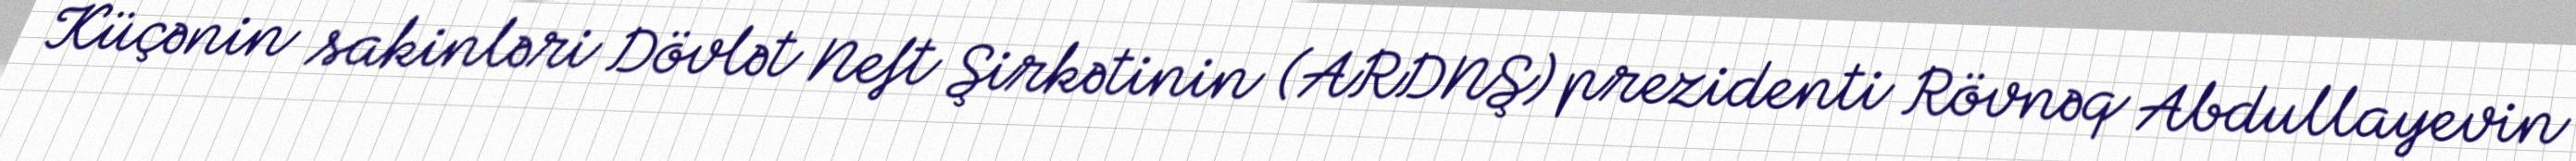
Küçənin sakinləri Dövlət Neft Şirkətinin (ARDNŞ) prezidenti Rövnəq Abdullayevin